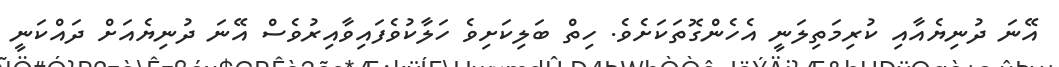
އޭނަ ދުނިޔެއާއި ކުރިމަތިލަނީ އެހެންގޮތަކަށެވެ. ހިތް ބަލިކަށިވެ ހަލާކުވެފައިވާއިރުވެސް އޭނަ ދުނިޔެއަށް ދައްކަނީ